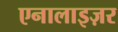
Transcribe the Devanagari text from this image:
एनालाइज़र